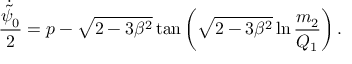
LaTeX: \frac { \dot { \tilde { \psi } } _ { 0 } } { 2 } = p - \sqrt { 2 - 3 \beta ^ { 2 } } \tan \left( \sqrt { 2 - 3 \beta ^ { 2 } } \ln \frac { m _ { 2 } } { Q _ { 1 } } \right) .